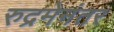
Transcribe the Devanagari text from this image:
रुद्रमेनंतर